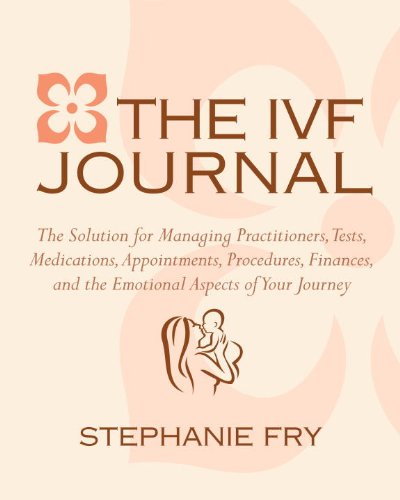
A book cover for The IVF (In Vitro Fertilization) Journal: The Solution for Managing Practitioners, Tests, Medications, Appointments, Procedures, Finances, and the Emotional Aspects of Your Journey; Stephanie Fry; Parenting & Relationships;